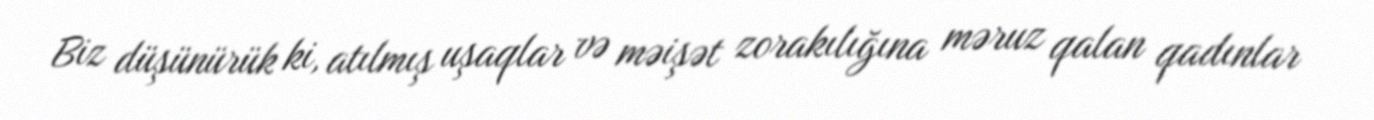
Biz düşünürük ki, atılmış uşaqlar və məişət zorakılığına məruz qalan qadınlar